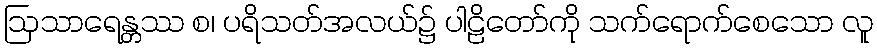
ဩသာရေန္တဿ စ၊ ပရိသတ်အလယ်၌ ပါဠိတော်ကို သက်ရောက်စေသော လူ